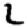
Digit: 2